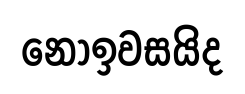
නොඉවසයිද